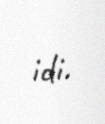
idi.